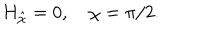
LaTeX: H _ { \hat { \chi } } = 0 , \quad \chi = \pi / 2 .